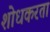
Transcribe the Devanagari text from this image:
शोधकरता